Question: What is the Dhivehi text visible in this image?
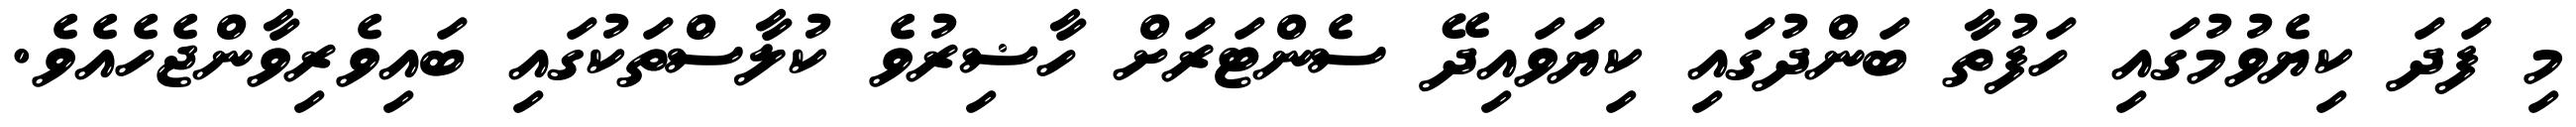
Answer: މި ފަދަ ކިޔެވުމުގައި ހަފުތާ ބަންދުގައި ކިޔަވައިދޭ ސެންޓަރަށް ހާޟިރުވެ ކުލާސްތަކުގައި ބައިވެރިވާންޖެހެއެވެ.